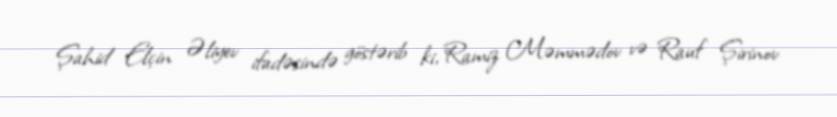
Şahid Elçin Əliyev ifadəsində göstərib ki, Ramiz Məmmədov və Rauf Şirinov